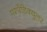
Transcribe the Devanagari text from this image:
परपेंडिक्युलर